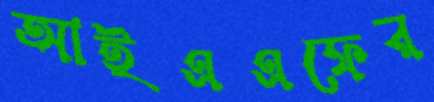
আইএএফের